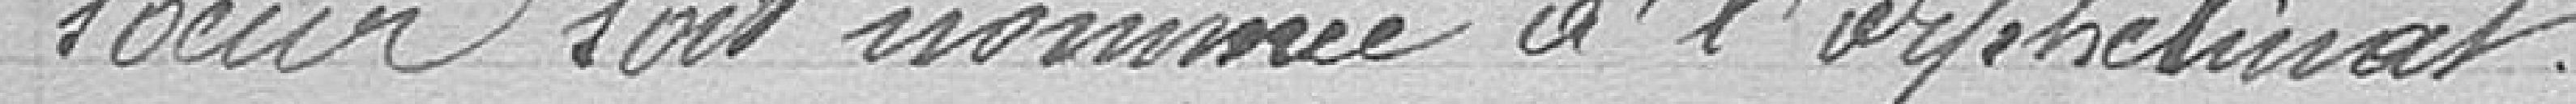
sœur soit nommée à l'orphelinat